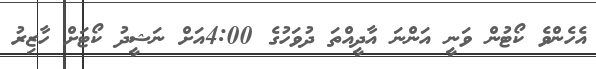
އެހެންވެ ކޯޓުން ވަނީ އަންނަ އާދީއްތަ ދުވަހުގެ 4:00އަށް ނަޝީދު ކޯޓަށް ހާޒިރު